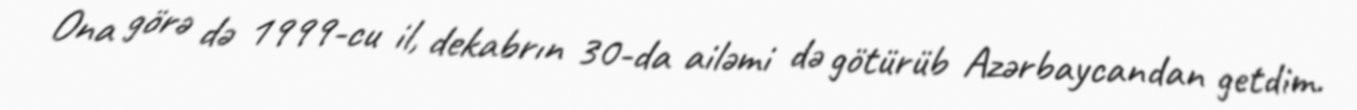
Ona görə də 1999-cu il, dekabrın 30-da ailəmi də götürüb Azərbaycandan getdim.